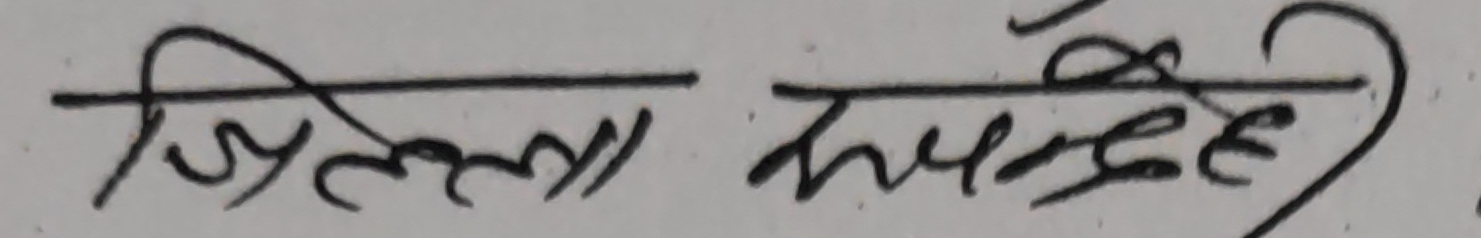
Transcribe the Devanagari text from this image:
जिल्ला मध्याह्न